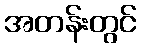
အတန်းတွင်